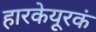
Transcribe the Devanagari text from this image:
हारकेयूरकं